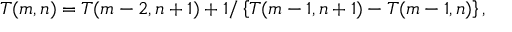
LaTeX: T ( m , n ) = T ( m - 2 , n + 1 ) + 1 / \left\{ T ( m - 1 , n + 1 ) - T ( m - 1 , n ) \right\} ,